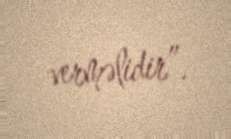
verməlidir”.